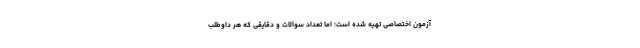
آزمون اختصاصی تهیه شده است؛ اما تعداد سوالات و دقایقی که هر داوطلب